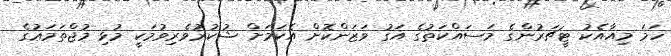
ހަމަ މިއާއެކު ޓީޗަރުންގެ މަސައްކަތުގެ އަގު ވަޒަންކޮށް އެކަމަށް ޝުކުރުވެރިވުމަކީ މުޅި މުޖްތަމަޢުގެ